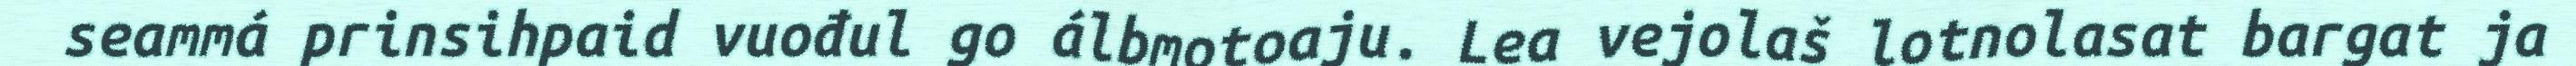
seammá prinsihpaid vuođul go álbmotoaju. Lea vejolaš lotnolasat bargat ja